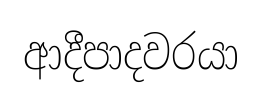
ආදීපාදවරයා